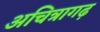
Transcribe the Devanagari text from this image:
अचित्रागढ़